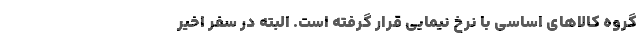
گروه کالاهای اساسی با نرخ نیمایی قرار گرفته است. البته در سفر اخیر